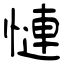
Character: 慩